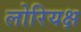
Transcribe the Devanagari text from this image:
लोरियक्ष